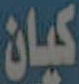
كيان